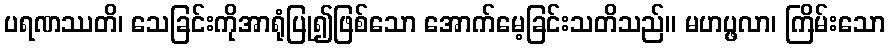
ပရဏဿတိ၊ သေခြင်းကိုအာရုံပြု၍ဖြစ်သော အောက်မေ့ခြင်းသတိသည်။ မဟပ္ဖလာ၊ ကြိမ်းသော